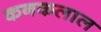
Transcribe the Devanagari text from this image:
कनकलाल